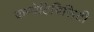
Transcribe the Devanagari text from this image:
कम्पेटिबिलिटी